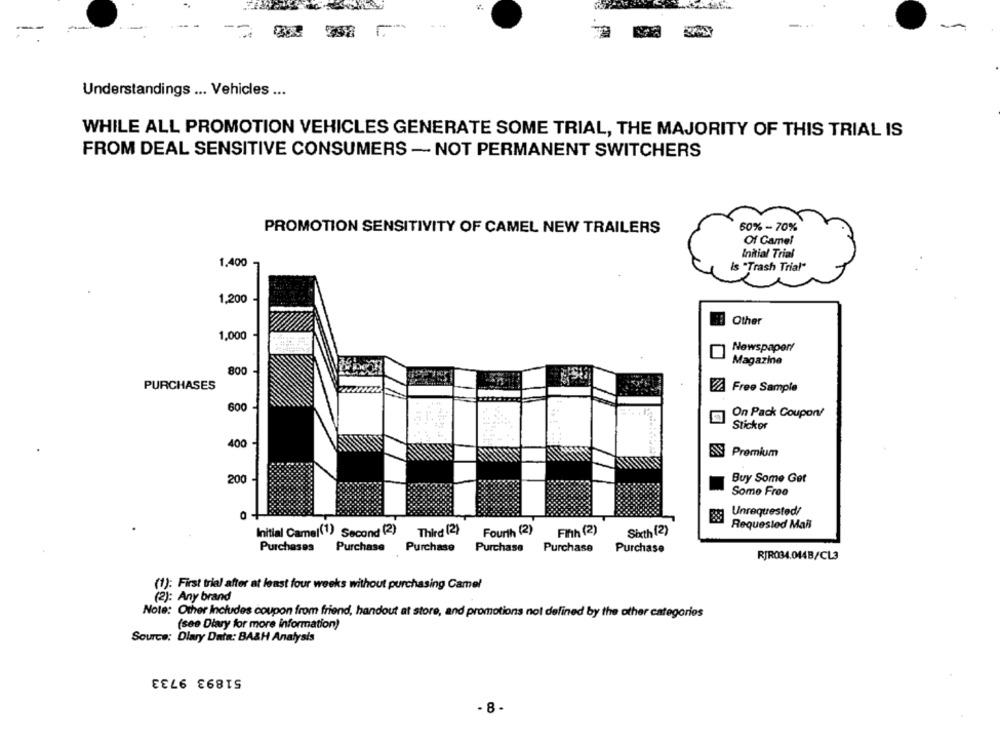
Understandings ... Vehicles ...
WHILE ALL PROMOTION VEHICLES GENERATE SOME TRIAL, THE MAJORITY OF THIS TRIAL IS
FROM DEAL SENSITIVE CONSUMERS - NOT PERMANENT SWITCHERS
PROMOTION SENSITIVITY OF CAMEL NEW TRAILERS
60% -70%
Of Camel
Initial Trial
1.400
Is "Trash Trial"
1,200
Other
1,000
Newspaper/
Magazine
800
PURCHASES
Free Sample
600
On Pack Coupon!
Stickor
400
Premium
200
Buy Some Get
Some Free
Unrequested/
Requested Mail
Initial Camel(1) Second (2)
Third (2)
Fourth (2)
Fifth (2)
Sith (2)
Purchases
Purchase
Purchase
Purchase
Purchase
Purchase
RJR034.044B/CL3
(1): First trial after at least four weeks without purchasing Camel
(2): Any brand
Note: Other Includes coupon from friend, handout at store, and promotions not defined by the other categories
(see Diary for more information)
Source: Dlary Data: BA&H Analysis
51893 9733
- 8 -